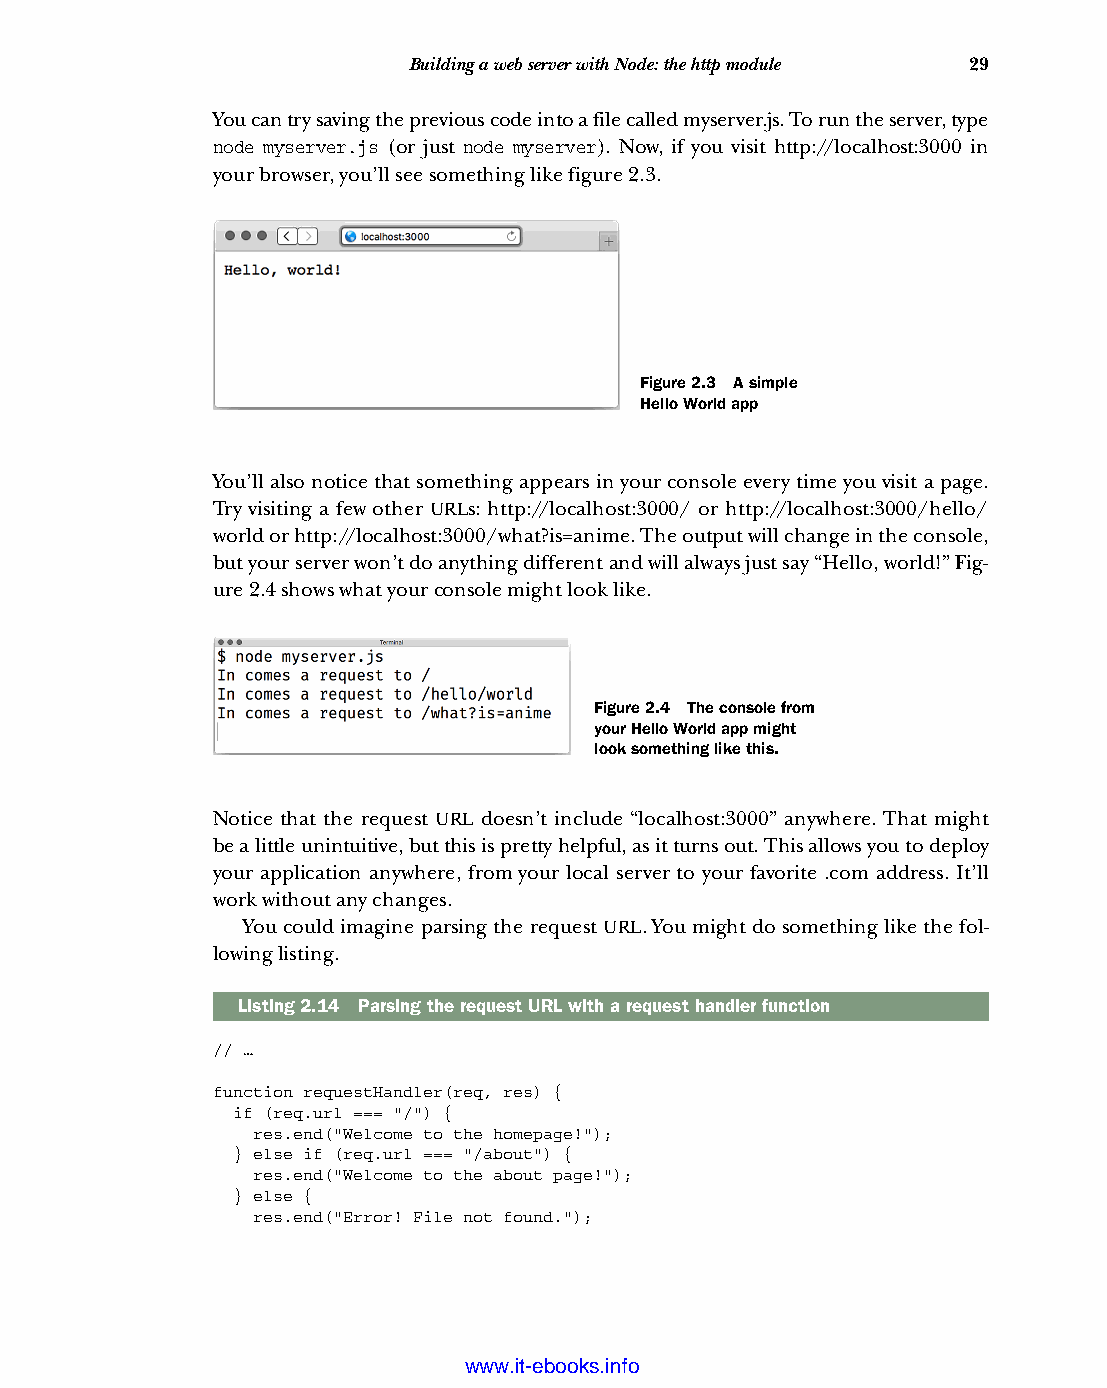
Building a web server with Node: the http module 29
 You can try saving the previous code into a file called myserver.js. To run the server, type
 node myserver.js (or just node myserver). Now, if you visit http://localhost:3000 in
 your browser, you’ll see something like figure 2.3.
 Figure 2.3 A simple
 Hello World app
 You’ll also notice that something appears in your console every time you visit a page.
 Try visiting a few other URLs: http://localhost:3000/ or http://localhost:3000/hello/
 world or http://localhost:3000/what?is=anime. The output will change in the console,
 but your server won’t do anything different and will always just say “Hello, world!” Fig-
 ure 2.4 shows what your console might look like.
 Figure 2.4 The console from
 your Hello World app might
 look something like this.
 Notice that the request URL doesn’t include “localhost:3000” anywhere. That might
 be a little unintuitive, but this is pretty helpful, as it turns out. This allows you to deploy
 your application anywhere, from your local server to your favorite .com address. It’ll
 work without any changes.
 You could imagine parsing the request URL. You might do something like the fol-
 lowing listing.
 Listing2.14 Parsing the request URL with a request handler function
 // …
 function requestHandler(req, res) {
 if (req.url === "/") {
 res.end("Welcome to the homepage!");
 } else if (req.url === "/about") {
 res.end("Welcome to the about page!");
 } else {
 res.end("Error! File not found.");
 Licensed wtow w <.mit-ielebro.8o8k8s@.ingfomail.com>